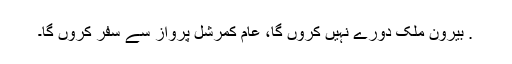
. بیرون ملک دورے نہیں کروں گا، عام کمرشل پرواز سے سفر کروں گا۔